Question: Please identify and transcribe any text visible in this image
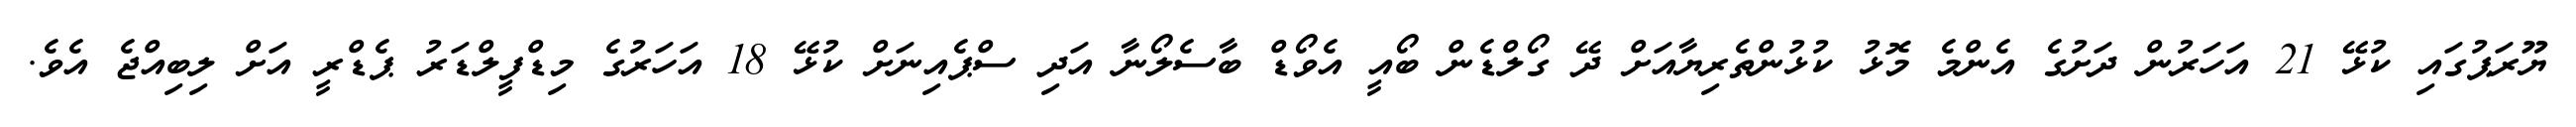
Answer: ޔޫރަޕުގައި ކުޅޭ 21 އަހަރުން ދަށުގެ އެންމެ މޮޅު ކުޅުންތެރިޔާއަށް ދޭ ގޯލްޑެން ބޯއީ އެވޯޑް ބާސެލޯނާ އަދި ސްޕެއިނަށް ކުޅޭ 18 އަހަރުގެ މިޑްފީލްޑަރު ޕެޑްރީ އަށް ލިބިއްޖެ އެވެ.